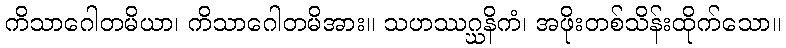
ကိသာဂေါတမိယာ၊ ကိသာဂေါတမိအား။ သဟဿဂ္ဃနိကံ၊ အဖိုးတစ်သိန်းထိုက်သော။